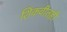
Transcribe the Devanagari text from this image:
शिकवीतही